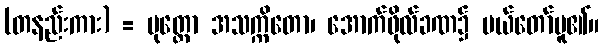
(တနည်းကား) = မုတ္တော အသက္ကိတော၊ အောက်ဖိုလ်ခဏ၌ ပယ်တော်မူ၏။